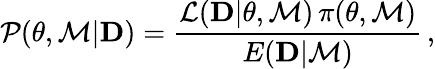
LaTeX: {\cal P}({\mathbf\theta},{\cal M}|{\mathbf D})={\frac{{\cal L}({\mathbf D}|{\mathbf\theta},{\cal M})\, \pi({\mathbf\theta},{\cal M})}{E({\mathbf D}|{\cal M})}}\, ,